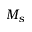
M _ { s }